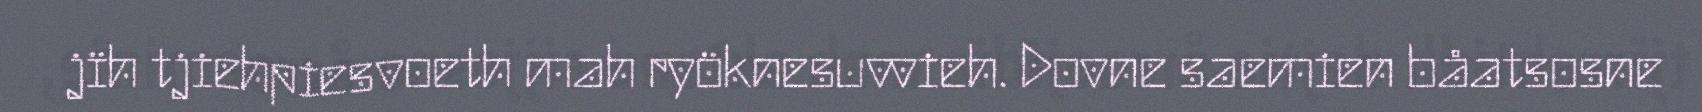
jïh tjiehpiesvoeth mah ryöknesuvvieh. Dovne saemien båatsosne